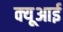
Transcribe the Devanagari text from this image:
क्यूआई